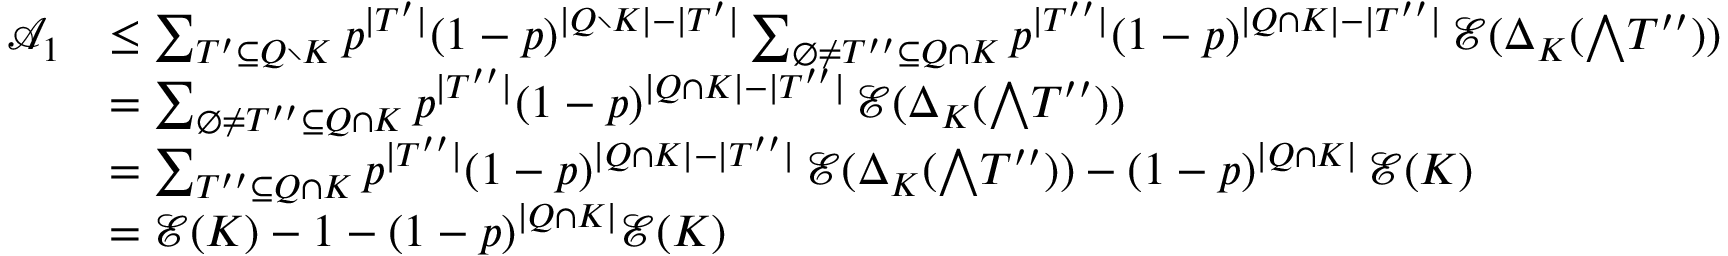
\begin{array} { r l } { \mathcal A _ { 1 } } & { \leq \sum _ { T ^ { \prime } \subseteq Q \setminus K } p ^ { | T ^ { \prime } | } ( 1 - p ) ^ { | Q \setminus K | - | T ^ { \prime } | } \sum _ { \emptyset \neq T ^ { \prime \prime } \subseteq Q \cap K } p ^ { | T ^ { \prime \prime } | } ( 1 - p ) ^ { | Q \cap K | - | T ^ { \prime \prime } | } \, \mathcal E ( \Delta _ { K } ( { \textstyle \bigwedge } T ^ { \prime \prime } ) ) } \\ & { = \sum _ { \emptyset \neq T ^ { \prime \prime } \subseteq Q \cap K } p ^ { | T ^ { \prime \prime } | } ( 1 - p ) ^ { | Q \cap K | - | T ^ { \prime \prime } | } \, \mathcal E ( \Delta _ { K } ( { \textstyle \bigwedge } T ^ { \prime \prime } ) ) } \\ & { = \sum _ { T ^ { \prime \prime } \subseteq Q \cap K } p ^ { | T ^ { \prime \prime } | } ( 1 - p ) ^ { | Q \cap K | - | T ^ { \prime \prime } | } \, \mathcal E ( \Delta _ { K } ( { \textstyle \bigwedge } T ^ { \prime \prime } ) ) - ( 1 - p ) ^ { | Q \cap K | } \, \mathcal E ( K ) } \\ & { = \mathcal E ( K ) - 1 - ( 1 - p ) ^ { | Q \cap K | } \mathcal E ( K ) } \end{array}